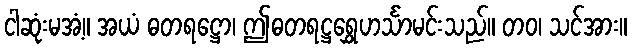
ငါဆုံးမအံ့။ အယံ ဓတရဋ္ဌော၊ ဤဓတရဋ္ဌရွှေဟင်္သာမင်းသည်။ တဝ၊ သင်အား။